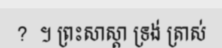
?  ។ ព្រះសាស្តា ទ្រង់ ត្រាស់